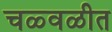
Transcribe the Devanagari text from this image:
चळ्वळीत